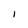
Character: I